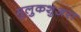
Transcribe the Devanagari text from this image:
मुलुकशुअरा